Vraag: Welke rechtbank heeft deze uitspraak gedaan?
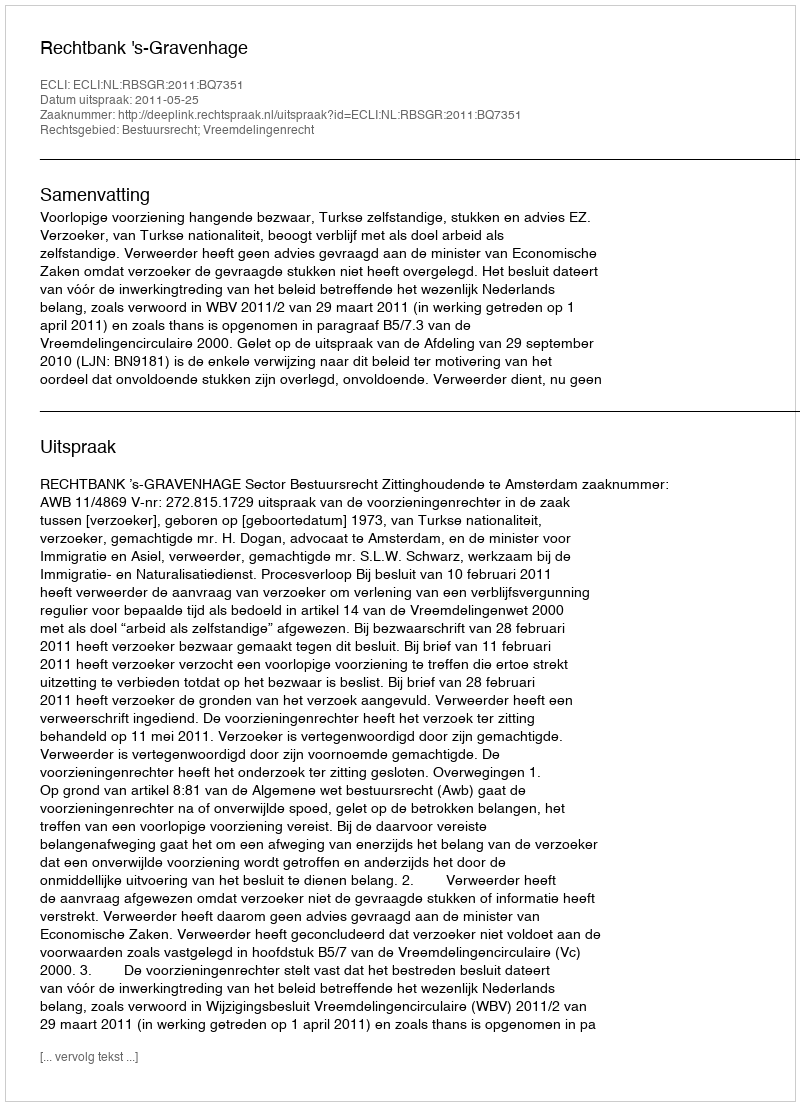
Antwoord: Rechtbank 's-Gravenhage